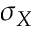
\sigma _ { X }